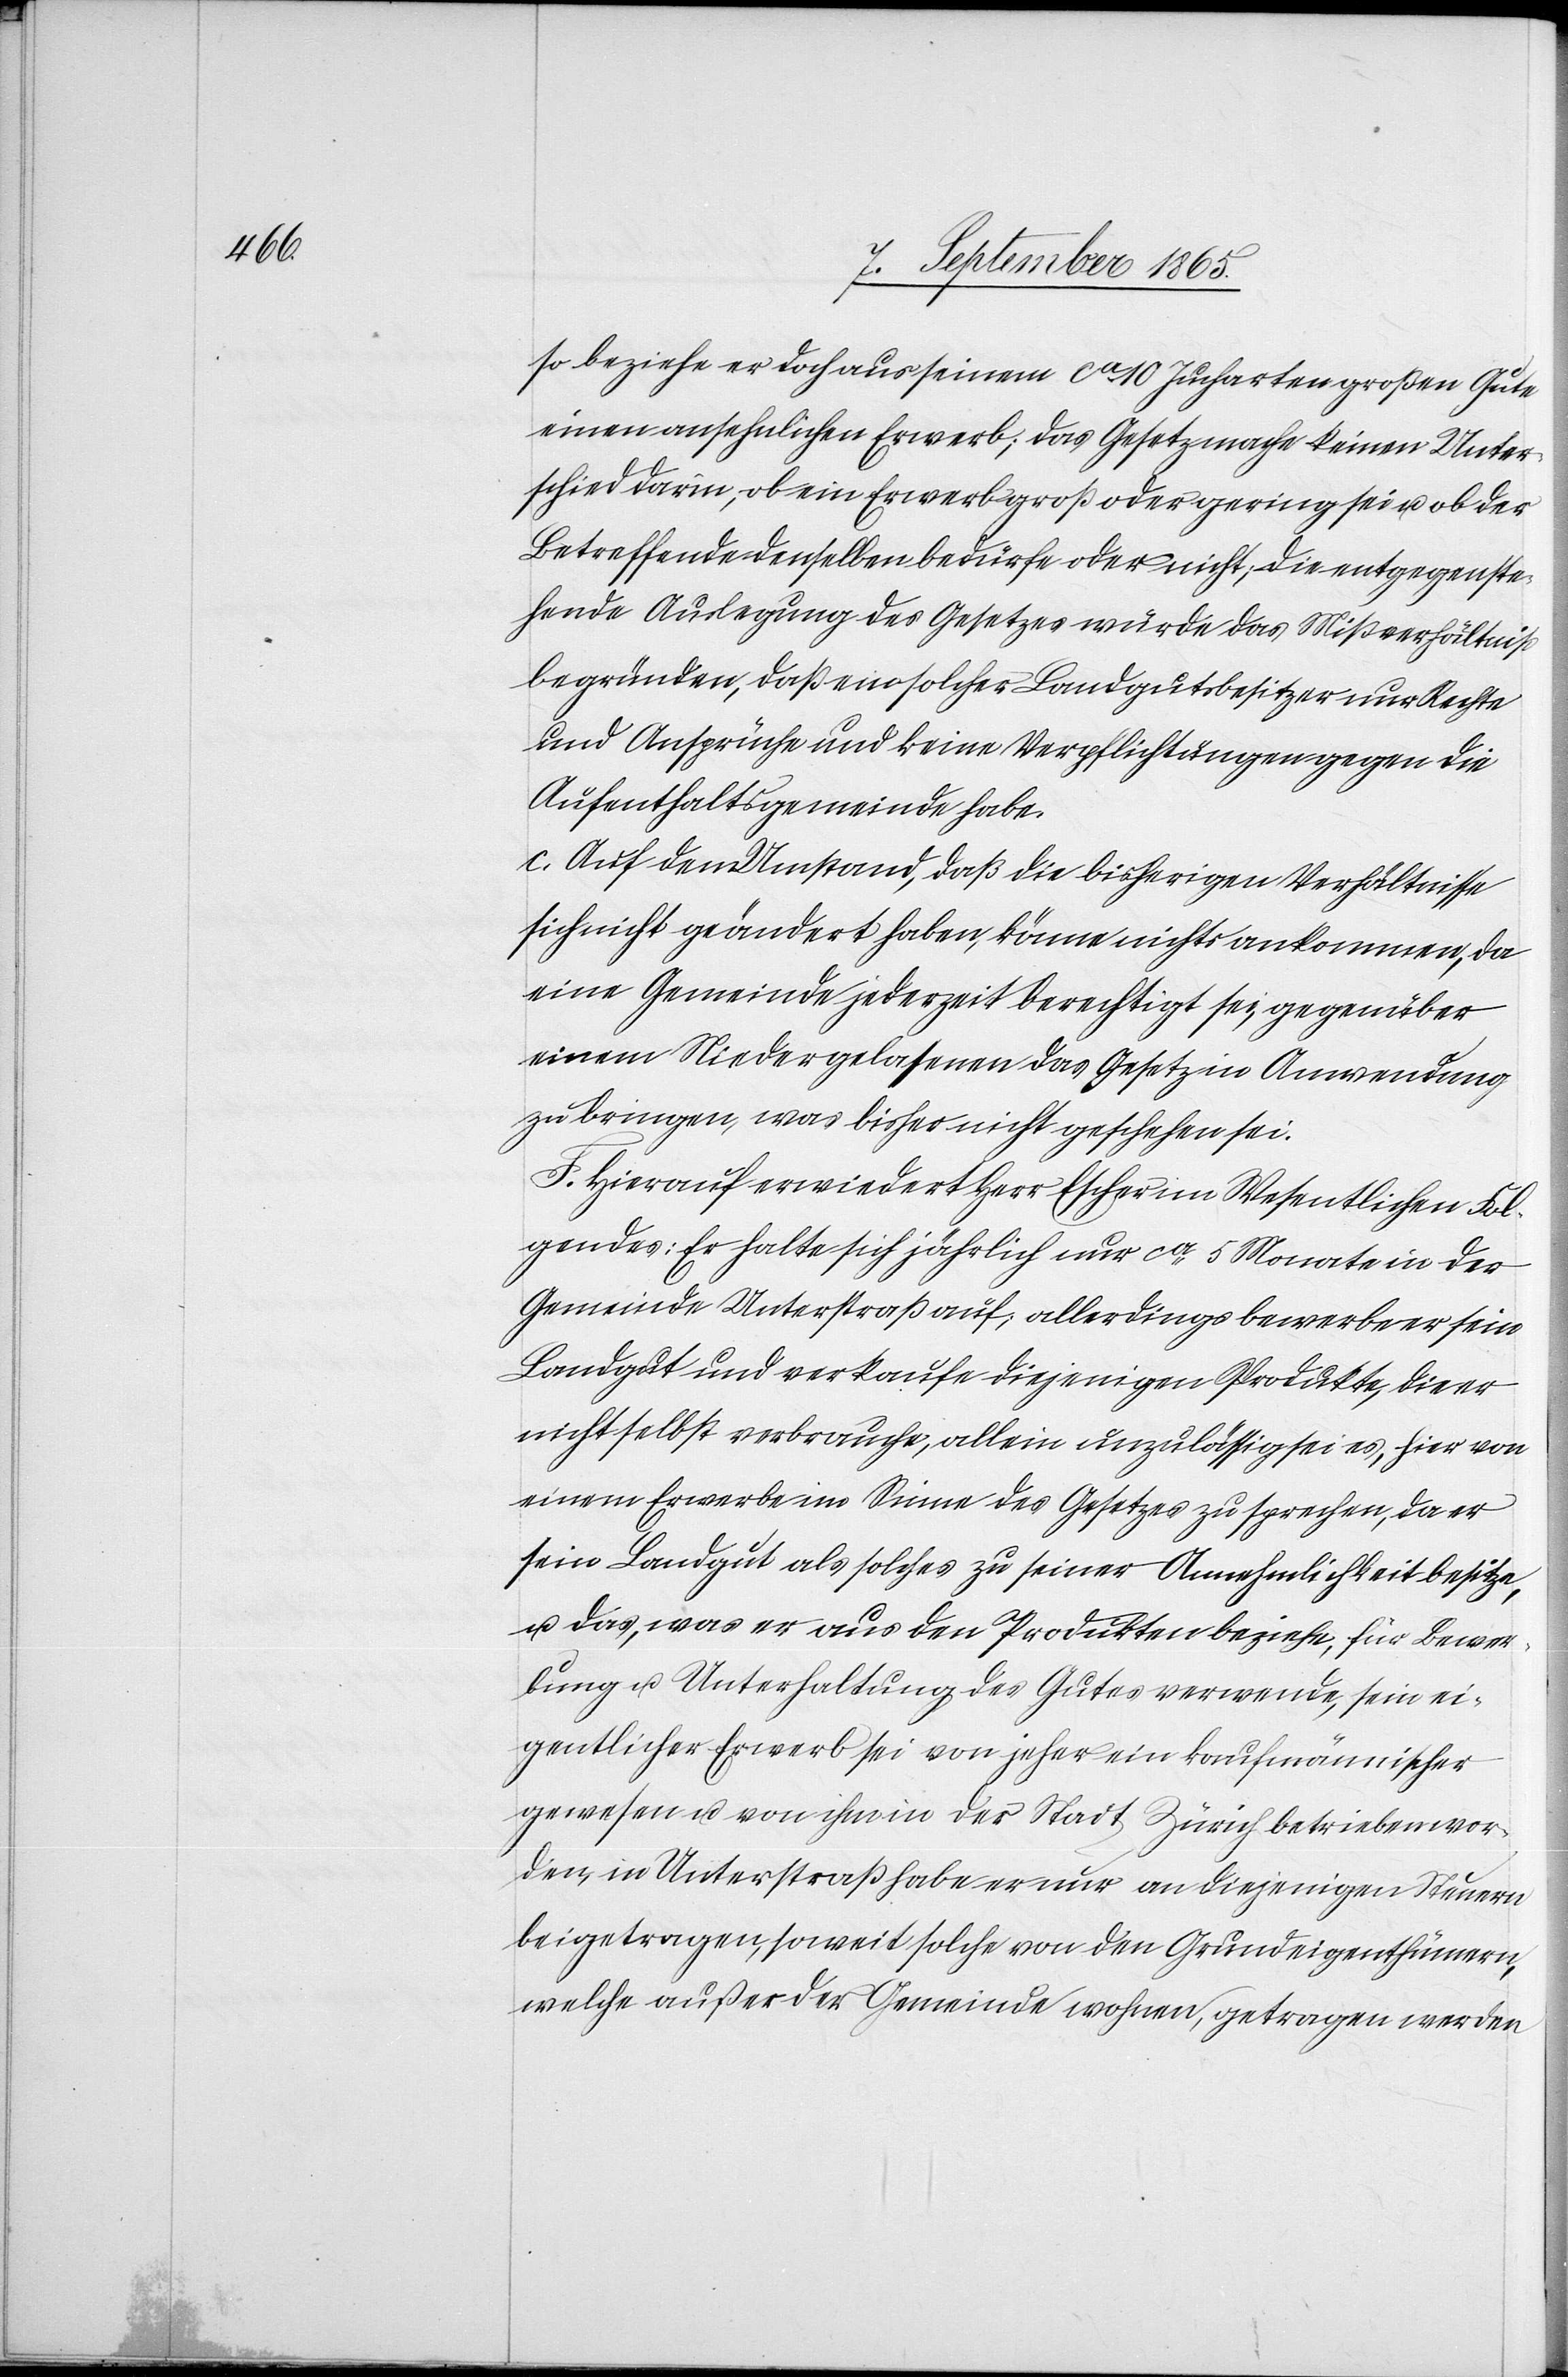
so beziehe er doch aus seinem ca 10 Jucharten großen Gute
einen ansehnlichen Erwerb; das Gesetz mache keinen Unter¬
schied darin, ob ein Erwerb groß oder gering sei u. ob der
Betreffende denselben bedürfe oder nicht, die entgegenste¬
hende Auslegung des Gesetzes würde das Mißverhältniß
begründen, daß ein solcher Landgutsbesitzer nur Rechte
und Ansprüche und keine Verpflichtungen gegen die
Aufenthaltsgemeinde habe.
c. Auf dem Umstand, daß die bisherigen Verhältnisse
sich nicht geändert haben, könne nichts ankommen, da
eine Gemeinde jederzeit berechtigt sei, gegenüber
einem Niedergelassenen das Gesetz in Anwendung
zu bringen, was bisher nicht geschehen sei.
F. Hierauf erwiedert Herr Escher im Wesentlichen Fol¬
gendes: Er halte sich jährlich nur ca 5 Monate in der
Gemeinde Unterstraß auf, allerdings bewerbe er sein
Landgut und verkaufe diejenigen Produkte, die er
nicht selbst verbrauche, allein unzulässig sei es, hier von
einem Erwerbe im Sinne des Gesetzes zu sprechen, da er
sein Landgut als solches zu seiner Annehmlichkeit besitze,
u. das, was er aus den Produkten beziehe, für Bewer¬
bung u. Unterhaltung des Gutes verwende, sein ei¬
gentlicher Erwerb sei von jeher ein kaufmännischer
gewesen u. von ihm in der Stadt Zürich betrieben wor¬
den, in Unterstraß habe er nur an diejenigen Steuern
beigetragen, soweit solche von den Grundeigenthümern,
welche außer der Gemeinde wohnen, getragen werden